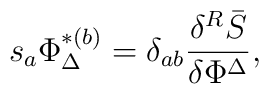
s_{a}\Phi _{\Delta }^{*(b)}=\delta _{ab}\frac{\delta ^{R}\bar{S}}{\delta\Phi ^{\Delta }},